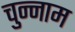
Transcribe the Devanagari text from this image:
चुन्नाम